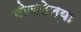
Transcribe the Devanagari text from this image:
मोजलेल्या